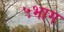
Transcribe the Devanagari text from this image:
५भाग